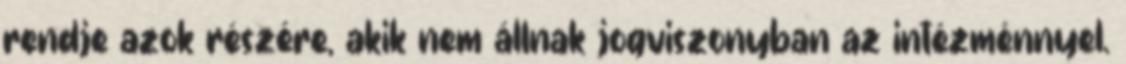
rendje azok részére, akik nem állnak jogviszonyban az intézménnyel.